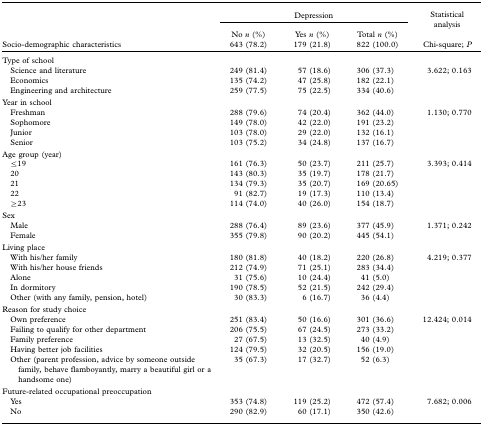
<table><thead><tr><td></td><td colspan="3"><b>Depression</b></td><td><b>Statistical analysis</b></td></tr><tr><td><b>Socio-demographic characteristics</b></td><td><b>No <i>n</i> (%) 643 (78.2)</b></td><td><b>Yes <i>n</i> (%) 179 (21.8)</b></td><td><b>Total <i>n</i> (%) 822 (100.0)</b></td><td><b>Chi-square; <i>P</i></b></td></tr></thead><tbody><tr><td colspan="5">Type of school</td></tr><tr><td> Science and literature</td><td>249 (81.4)</td><td>57 (18.6)</td><td>306 (37.3)</td><td>3.622; 0.163</td></tr><tr><td> Economics</td><td>135 (74.2)</td><td>47 (25.8)</td><td>182 (22.1)</td><td></td></tr><tr><td> Engineering and architecture</td><td>259 (77.5)</td><td>75 (22.5)</td><td>334 (40.6)</td><td></td></tr><tr><td colspan="5">Year in school</td></tr><tr><td> Freshman</td><td>288 (79.6)</td><td>74 (20.4)</td><td>362 (44.0)</td><td>1.130; 0.770</td></tr><tr><td> Sophomore</td><td>149 (78.0)</td><td>42 (22.0)</td><td>191 (23.2)</td><td></td></tr><tr><td> Junior</td><td>103 (78.0)</td><td>29 (22.0)</td><td>132 (16.1)</td><td></td></tr><tr><td> Senior</td><td>103 (75.2)</td><td>34 (24.8)</td><td>137 (16.7)</td><td></td></tr><tr><td colspan="5">Age group (year)</td></tr><tr><td>≤ 19</td><td>161 (76.3)</td><td>50 (23.7)</td><td>211 (25.7)</td><td>3.393; 0.414</td></tr><tr><td> 20</td><td>143 (80.3)</td><td>35 (19.7)</td><td>178 (21.7)</td><td></td></tr><tr><td> 21</td><td>134 (79.3)</td><td>35 (20.7)</td><td>169 (20.65)</td><td></td></tr><tr><td> 22</td><td>91 (82.7)</td><td>19 (17.3)</td><td>110 (13.4)</td><td></td></tr><tr><td>≥ 23</td><td>114 (74.0)</td><td>40 (26.0)</td><td>154 (18.7)</td><td></td></tr><tr><td colspan="5">Sex</td></tr><tr><td> Male</td><td>288 (76.4)</td><td>89 (23.6)</td><td>377 (45.9)</td><td>1.371; 0.242</td></tr><tr><td> Female</td><td>355 (79.8)</td><td>90 (20.2)</td><td>445 (54.1)</td><td></td></tr><tr><td colspan="5">Living place</td></tr><tr><td> With his/her family</td><td>180 (81.8)</td><td>40 (18.2)</td><td>220 (26.8)</td><td>4.219; 0.377</td></tr><tr><td> With his/her house friends</td><td>212 (74.9)</td><td>71 (25.1)</td><td>283 (34.4)</td><td></td></tr><tr><td> Alone</td><td>31 (75.6)</td><td>10 (24.4)</td><td>41 (5.0)</td><td></td></tr><tr><td> In dormitory</td><td>190 (78.5)</td><td>52 (21.5)</td><td>242 (29.4)</td><td></td></tr><tr><td> Other (with any family, pension, hotel)</td><td>30 (83.3)</td><td>6 (16.7)</td><td>36 (4.4)</td><td></td></tr><tr><td colspan="5">Reason for study choice</td></tr><tr><td> Own preference</td><td>251 (83.4)</td><td>50 (16.6)</td><td>301 (36.6)</td><td>12.424; 0.014</td></tr><tr><td> Failing to qualify for other department</td><td>206 (75.5)</td><td>67 (24.5)</td><td>273 (33.2)</td><td></td></tr><tr><td> Family preference</td><td>27 (67.5)</td><td>13 (32.5)</td><td>40 (4.9)</td><td></td></tr><tr><td> Having better job facilities</td><td>124 (79.5)</td><td>32 (20.5)</td><td>156 (19.0)</td><td></td></tr><tr><td> Other (parent profession, advice by someone outside family, behave flamboyantly, marry a beautiful girl or a handsome one)</td><td>35 (67.3)</td><td>17 (32.7)</td><td>52 (6.3)</td><td></td></tr><tr><td colspan="5">Future-related occupational preoccupation</td></tr><tr><td> Yes</td><td>353 (74.8)</td><td>119 (25.2)</td><td>472 (57.4)</td><td>7.682; 0.006</td></tr><tr><td> No</td><td>290 (82.9)</td><td>60 (17.1)</td><td>350 (42.6)</td><td></td></tr></tbody></table>